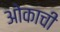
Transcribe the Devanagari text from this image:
ओकाची